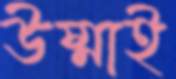
উষ্মাই